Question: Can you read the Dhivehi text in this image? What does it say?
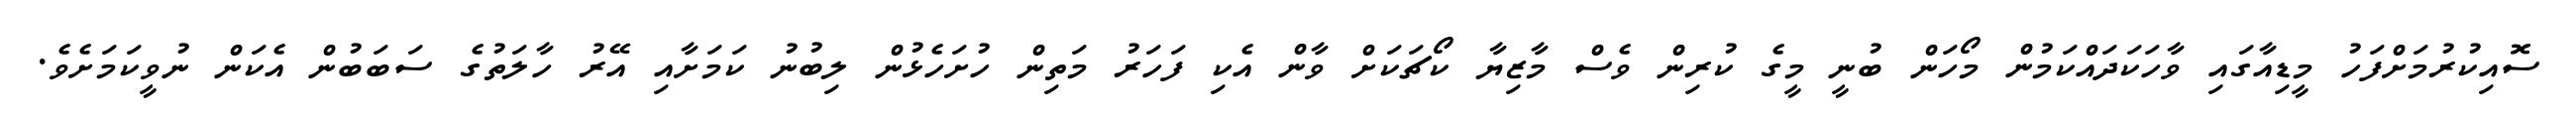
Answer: ސޮއިކުރުމަށްފަހު މީޑިއާގައި ވާހަކަދައްކަމުން މޯހަން ބުނީ މީގެ ކުރިން ވެސް މާޒިޔާ ކޯޗަކަށް ވާން އެކި ފަހަރު މަތިން ހުށަހެޅުން ލިބުނު ކަމަށާއި އޭރު ހާލަތުގެ ސަބަބުން އެކަން ނުވީކަމަށެވެ.